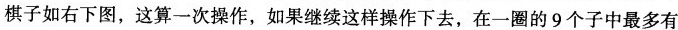
棋子如右下图，这算一次操作，如果继续这样操作下去，在一圈的9个子中最多有